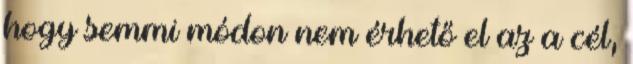
hogy semmi módon nem érhető el az a cél,